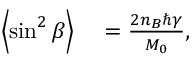
\begin{array} { r l } { \left\langle { \sin ^ { 2 } \beta } \right\rangle } & { { } = \frac { 2 n _ { B } \hbar \gamma } { M _ { 0 } } , } \end{array}